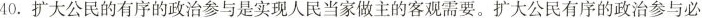
40.扩大公民的有序的政治参与是实现人民当家做主的客观需要。扩大公民有序的政治参与必